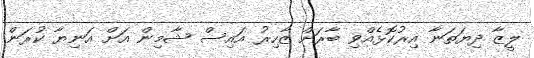
ލީޒާ ދިޔަތަނާ އިރުކޮޅެއްވި ބާރަށް ޒާހިރު އައިސް ޝާމިން އަށް އަނިޔާ ކުރަން